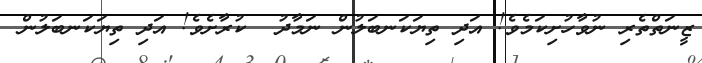
ޒީނަތްތެރި ނުވާހުށިކަމެވެ! އަދި ތިޔަކަނބަލުން ނަމާދު  ކުރާށެވެ! އަދި ތިޔަކަނބަލުން